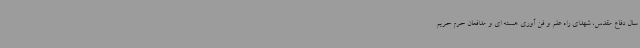
سال دفاع مقدس، شهدای راه علم و فن آوری هسته ای و مدافعان حرم حریم